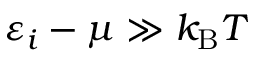
\varepsilon _ { i } - \mu \gg k _ { \mathrm { { B } } } T